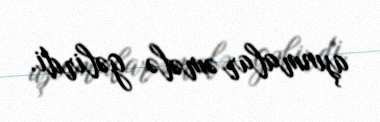
aşınmalar əmələ gəlirdi.